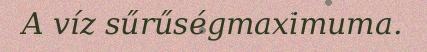
A víz sűrűségmaximuma.